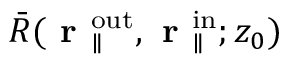
\bar { R } ( \textbf { r } _ { \parallel } ^ { \mathrm { o u t } } , \textbf { r } _ { \parallel } ^ { \mathrm { i n } } ; z _ { 0 } )